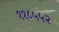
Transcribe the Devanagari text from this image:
११८५५२